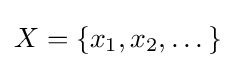
X=\lbrace x_{1},x_{2},\dots \rbrace